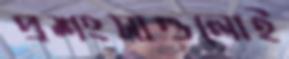
প্রশংসাগুলোই